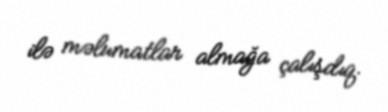
ilə məlumatlar almağa çalışdıq.